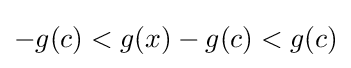
-g(c)<g(x)-g(c)<g(c)